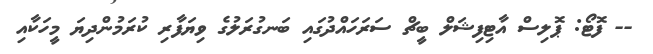
-- ފޮޓޯ: ޕޮލިސް އާޓިފިޝަލް ބީޗް ސަރަހައްދުގައި ބަނގުރަލުގެ ވިޔަފާރި ކުރަމުންދިޔަ މީހަކާއި